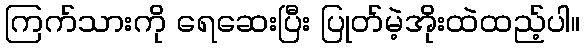
ကြက်သားကို ရေဆေးပြီး ပြုတ်မဲ့အိုးထဲထည့်ပါ။